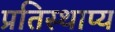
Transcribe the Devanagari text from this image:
प्रतिस्थाप्य